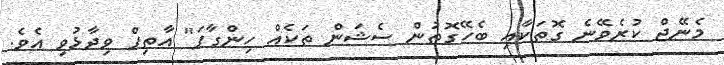
މެނޭޖް ކުރެވޭނެ ގޮތަކާއި ބެހޭގޮތުން ސެޝަން ތަކެއް ހިންގާފަ" އާތިފް ވިދާޅުވި އެވެ.